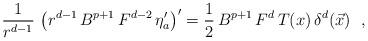
LaTeX: \begin{align*}\frac{1}{ r^{d-1} }\,\left( r^{d-1}\, B^{p+1}\, F^{d-2}\, \eta_a' \right)'=\frac{1}{2}\, B^{p+1}\,F^{d} \,T(x) \,\delta^{d}(\vec{x})~~, \end{align*}